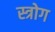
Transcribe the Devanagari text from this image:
स्त्रोग